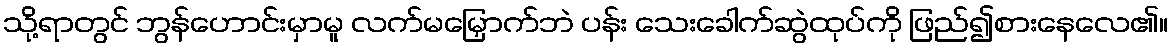
သို့ရာတွင် ဘွန်ဟောင်းမှာမူ လက်မမြှောက်ဘဲ ပန်း သေးခေါက်ဆွဲထုပ်ကို ဖြည်၍စားနေလေ၏။